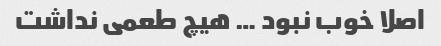
اصلا خوب نبود … هیچ طعمی نداشت